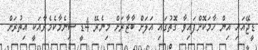
ޑީޖޭއައި އިން ހާމަކޮށްފައިވާ ގޮތުގައި އަލަށް ބާޒާރަށް މިނެރޭ 4ޑީ ސިނެމާކެމެރާއަކީ އިތުރަށް